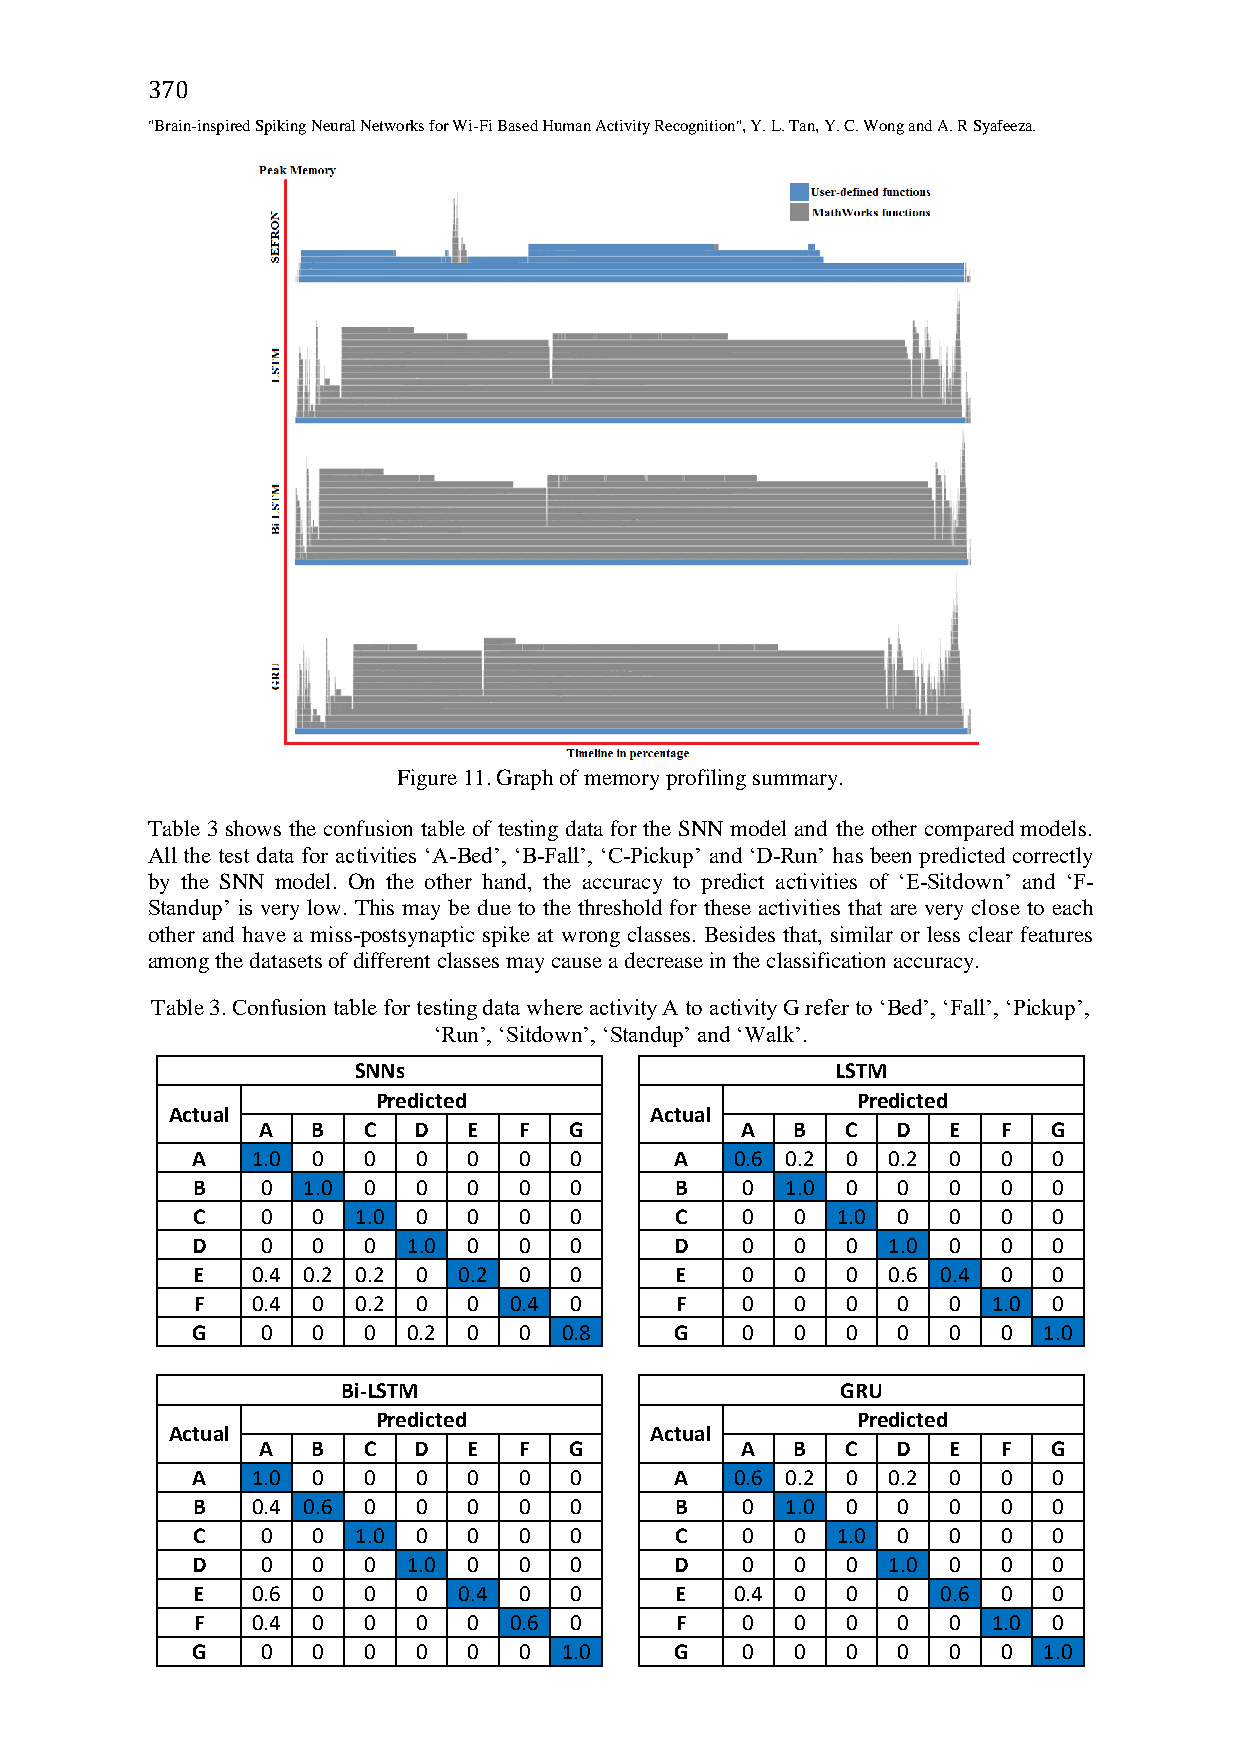
370
 "Brain-inspired Spiking Neural Networks for Wi-Fi Based Human Activity Recognition", Y. L. Tan, Y. C. Wong and A. R Syafeeza.
 Figure 11. Graph of memory profiling summary.
 Table 3 shows the confusion table of testing data for the SNN model and the other compared models.
 All the test data for activities ‘A-Bed’, ‘B-Fall’, ‘C-Pickup’ and ‘D-Run’ has been predicted correctly
 by the SNN model. On the other hand, the accuracy to predict activities of ‘E-Sitdown’ and ‘F-
 Standup’ is very low. This may be due to the threshold for these activities that are very close to each
 other and have a miss-postsynaptic spike at wrong classes. Besides that, similar or less clear features
 among the datasets of different classes may cause a decrease in the classification accuracy.
 Table 3. Confusion table for testing data where activity A to activity G refer to ‘Bed’, ‘Fall’, ‘Pickup’,
 ‘Run’, ‘Sitdown’, ‘Standup’ and ‘Walk’.
 SNNs                            LSTM
 Predicted                       Predicted
 Actual                          Actual
 A   B  C  D   E  F   G          A  B   C  D   E  F   G
 A   1.0 0  0  0   0  0   0      A   0.6 0.2 0 0.2 0  0   0
 B   0  1.0 0  0   0  0   0      B   0  1.0 0  0   0  0   0
 C   0   0  1.0 0  0  0   0      C   0   0 1.0 0   0  0   0
 D   0   0  0  1.0 0  0   0      D   0   0  0  1.0 0  0   0
 E   0.4 0.2 0.2 0 0.2 0  0      E   0   0  0  0.6 0.4 0  0
 F   0.4 0  0.2 0  0  0.4 0      F   0   0  0  0   0  1.0 0
 G   0   0  0  0.2 0  0  0.8     G   0   0  0  0   0  0  1.0
 Bi-LSTM                          GRU
 Predicted                       Predicted
 Actual                          Actual
 A   B  C  D   E  F   G          A  B   C  D   E  F   G
 A   1.0 0  0  0   0  0   0      A   0.6 0.2 0 0.2 0  0   0
 B   0.4 0.6 0 0   0  0   0      B   0  1.0 0  0   0  0   0
 C   0   0  1.0 0  0  0   0      C   0   0 1.0 0   0  0   0
 D   0   0  0  1.0 0  0   0      D   0   0  0  1.0 0  0   0
 E   0.6 0  0  0  0.4 0   0      E   0.4 0  0  0  0.6 0   0
 F   0.4 0  0  0   0  0.6 0      F   0   0  0  0   0  1.0 0
 G   0   0  0  0   0  0  1.0     G   0   0  0  0   0  0  1.0